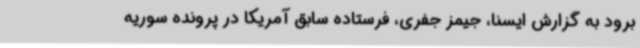
برود به گزارش ایسنا، جیمز جفری، فرستاده سابق آمریکا در پرونده سوریه